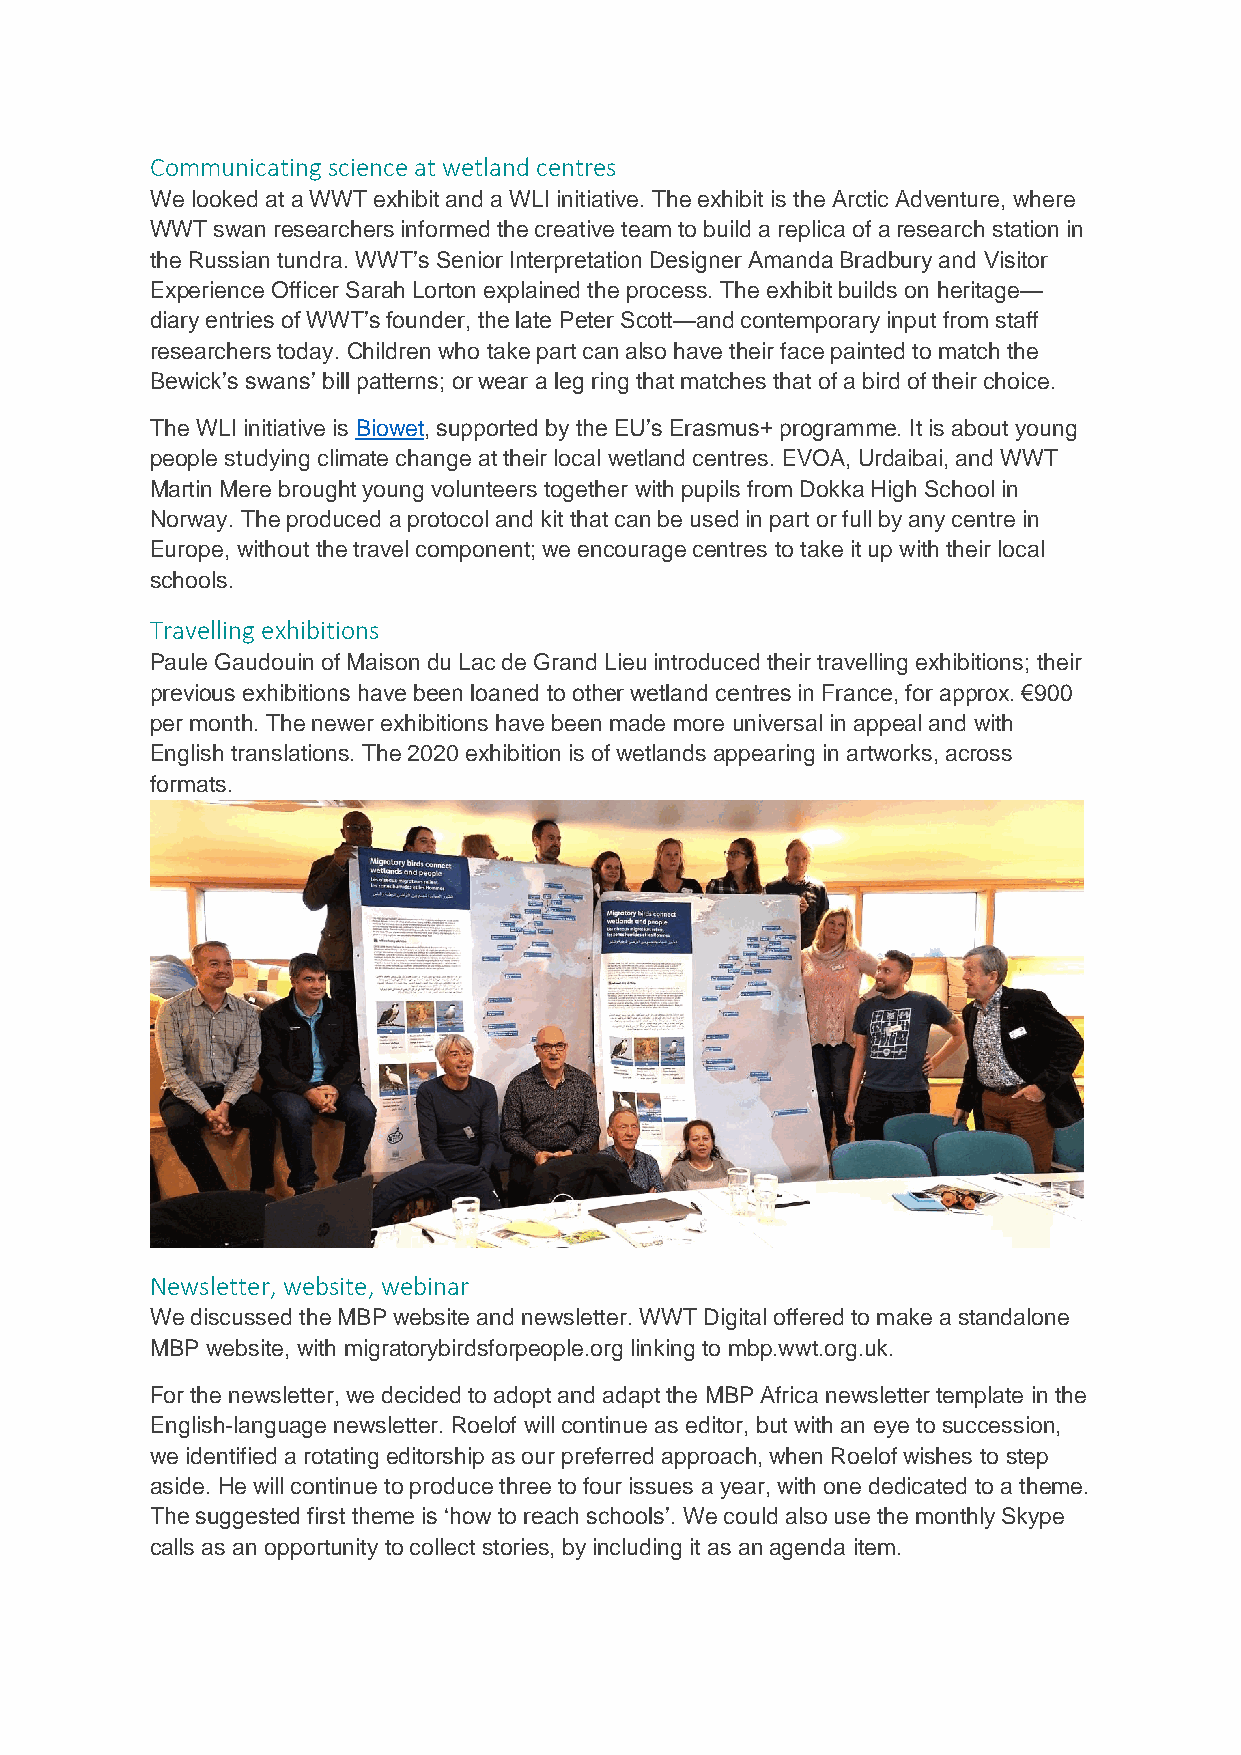
Communicating science at wetland centres
 We looked at a WWT exhibit and a WLI initiative. The exhibit is the Arctic Adventure, where
 WWT swan researchers informed the creative team to build a replica of a research station in
 the Russian tundra. WWT’s Senior Interpretation Designer Amanda Bradbury and Visitor
 Experience Officer Sarah Lorton explained the process. The exhibit builds on heritage—
 diary entries of WWT’s founder, the late Peter Scott—and contemporary input from staff
 researchers today. Children who take part can also have their face painted to match the
 Bewick’s swans’ bill patterns; or wear a leg ring that matches that of a bird of their choice.
 The WLI initiative is Biowet, supported by the EU’s Erasmus+ programme. It is about young
 people studying climate change at their local wetland centres. EVOA, Urdaibai, and WWT
 Martin Mere brought young volunteers together with pupils from Dokka High School in
 Norway. The produced a protocol and kit that can be used in part or full by any centre in
 Europe, without the travel component; we encourage centres to take it up with their local
 schools.
 Travelling exhibitions
 Paule Gaudouin of Maison du Lac de Grand Lieu introduced their travelling exhibitions; their
 previous exhibitions have been loaned to other wetland centres in France, for approx. €900
 per month. The newer exhibitions have been made more universal in appeal and with
 English translations. The 2020 exhibition is of wetlands appearing in artworks, across
 formats.
 Newsletter, website, webinar
 We discussed the MBP website and newsletter. WWT Digital offered to make a standalone
 MBP website, with migratorybirdsforpeople.org linking to mbp.wwt.org.uk.
 For the newsletter, we decided to adopt and adapt the MBP Africa newsletter template in the
 English-language newsletter. Roelof will continue as editor, but with an eye to succession,
 we identified a rotating editorship as our preferred approach, when Roelof wishes to step
 aside. He will continue to produce three to four issues a year, with one dedicated to a theme.
 The suggested first theme is ‘how to reach schools’. We could also use the monthly Skype
 calls as an opportunity to collect stories, by including it as an agenda item.